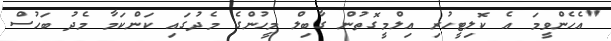
"އެހެންވީމަ އެ ކޮލިޓީހުރި އިލްމީގޮތުން ގާބިލް މީހުންގެ މެދުގައި ކަންކަމާ މެދު ބަހުސް